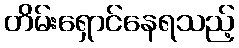
တိမ်းရှောင်နေရသည့်